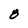
Character: 8